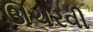
ઊચરવી